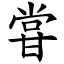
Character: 甞